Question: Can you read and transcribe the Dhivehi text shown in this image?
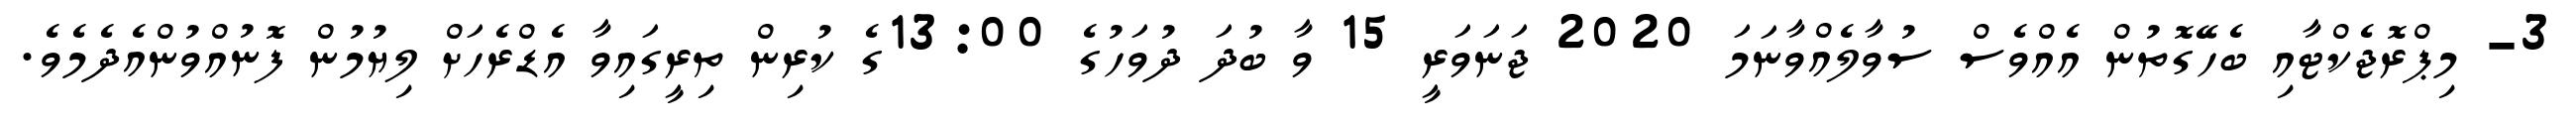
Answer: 3- މިޕްރޮޖެކްޓާއި ބެހޭގޮތުން އެއްވެސް ސުވާލެއްވާނަމަ 2020 ޖަނަވަރީ 15 ވާ ބުދަ ދުވަހުގެ 13:00ގެ ކުރިން ތިރީގައިވާ އެޑްރެހަށް ލިޔުމުން ފޮނުއްވުންއެދެމެވެ.